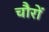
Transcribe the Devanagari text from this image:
चौरों